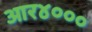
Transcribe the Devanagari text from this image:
आर४०००